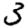
Digit: 3